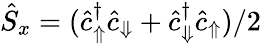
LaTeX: \hat{S}_{x}=(\hat{c}_{\Uparrow}^{\dagger}\hat{c}_{\Downarrow}+\hat{c}_{\Downarrow}^{\dagger}\hat{c}_{\Uparrow})/2